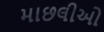
માછલીઓ